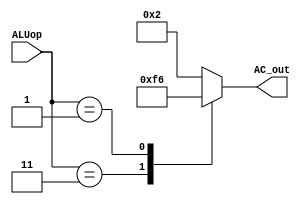
module ALUcontrol(
  input [1:0] ALUop,
  output reg [3:0] AC_out
);
//6ALUALUop
always@(*)
begin
  case(ALUop)
    2'b11: AC_out <= 4'b1111; //jal,z1,
    2'b01: AC_out <= 4'b0110; //beqALU
    default: AC_out <= 4'b0010; //add,addi,sw,lw
    endcase
end

endmodule